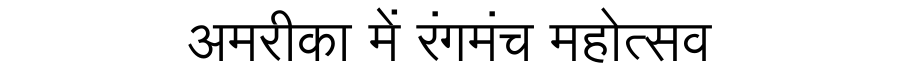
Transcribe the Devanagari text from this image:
अमरीका में रंगमंच महोत्सव